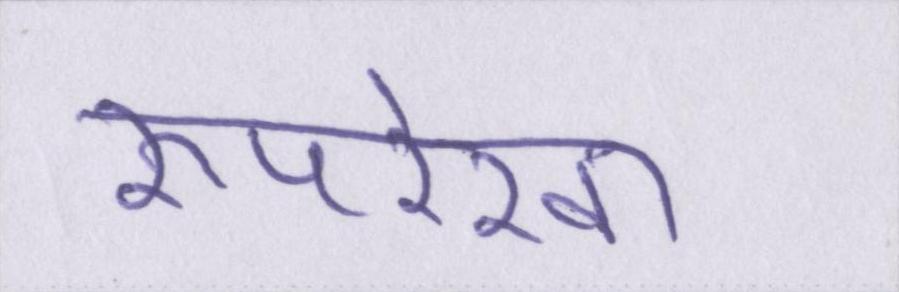
रूपरेखा